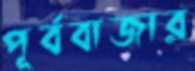
পূর্ববাজার